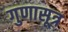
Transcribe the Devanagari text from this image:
गुणासूत्र